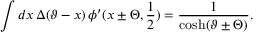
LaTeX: \displaystyle \int d x \, \Delta ( \vartheta - x ) \, \phi ^ { \prime } ( x \pm \Theta , \displaystyle \frac { 1 } { 2 } ) = \displaystyle \frac { 1 } { \cosh ( \vartheta \pm \Theta ) } .